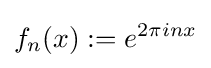
f_{n}(x):=e^{2\pi inx}